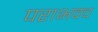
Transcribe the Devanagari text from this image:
पराभवच